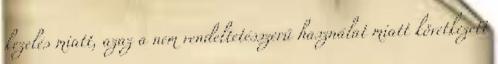
kezelés miatt, azaz a nem rendeltetésszerű használat miatt következett